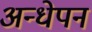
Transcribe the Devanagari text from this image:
अन्धेपन